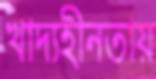
খাদ্যহীনতায়